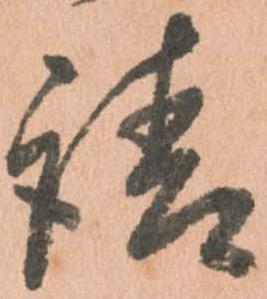
請